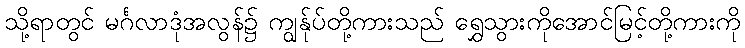
သို့ရာတွင် မင်္ဂလာဒုံအလွန်၌ ကျွန်ုပ်တို့ကားသည် ရွှေသွားကိုအောင်မြင့်တို့ကားကို